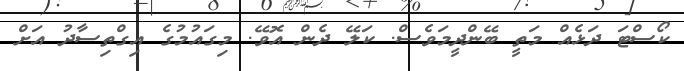
ކޯސްޓަ ދަޅެއް މަތީ ބޭންދީމަވެސް. ކަލޭ ދެން އޮވޭ. މިގައުމުގެ އިގްތިސާދު އަށް